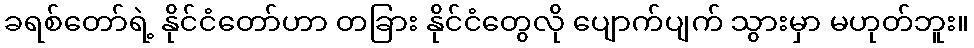
ခရစ်တော်ရဲ့ နိုင်ငံတော်ဟာ တခြား နိုင်ငံတွေလို ပျောက်ပျက် သွားမှာ မဟုတ်ဘူး။